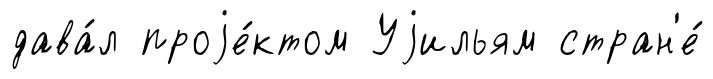
дава́л проjе́ктом Уjильям стран'е́